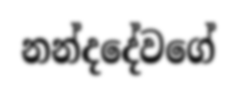
නන්දදේවගේ